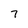
Character: 7